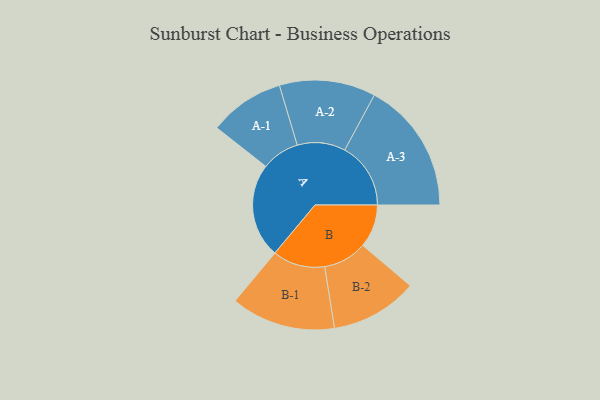
{"axis": {"x": "Segment", "y": "Value"}, "legend": ["", "A", "B"], "data": [{"x": "A", "y": 338, "type": ""}, {"x": "B", "y": 154, "type": ""}, {"x": "A-1", "y": 135, "type": "A"}, {"x": "A-2", "y": 172, "type": "A"}, {"x": "A-3", "y": 236, "type": "A"}, {"x": "B-1", "y": 187, "type": "B"}, {"x": "B-2", "y": 156, "type": "B"}]}